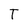
Character: T